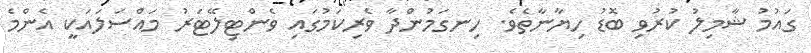
ގައުމު ޝާމިލު ކުރުވި ބޮޑު ހިޔާނާތެވެ. ހިނގަމުންދާ ވެރިކަމުގައި ވެންޓިލޭޓަރު މައްސަލައަކީ އެންމެ